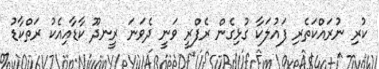
ކުރި ނުރައްކަތެރި ފައުލަކާ ގުޅިގެން ރެފްރީ ވަނީ ދެވަނަ ރީނދޫ ކާޑާއިއެކު ރަތްކާޑު